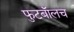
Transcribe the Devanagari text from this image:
फुटबाॅलच